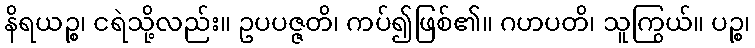
နိရယဉ္စ၊ ငရဲသို့လည်း။ ဥပပဇ္ဇတိ၊ ကပ်၍ဖြစ်၏။ ဂဟပတိ၊ သူကြွယ်။ ပဉ္စ၊